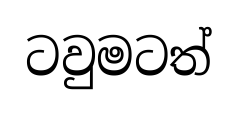
ටවුමටත්